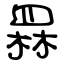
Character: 罧